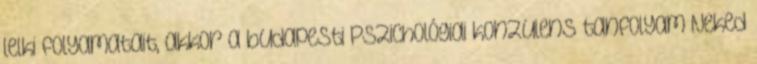
lelki folyamatait, akkor a budapesti Pszichológiai konzulens tanfolyam Neked